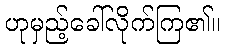
ဟုမှည့်ခေါ်လိုက်ကြ၏။